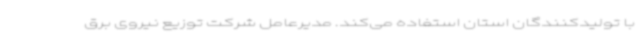
با تولیدکنندگان استان استفاده می‌کند. مدیرعامل شرکت توزیع نیروی برق